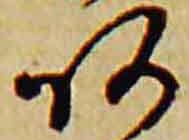
阿